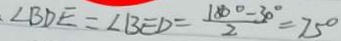
\angle B D E = \angle B E D = \frac { 1 8 0 ^ { \circ } - 3 0 ^ { \circ } } { 2 } = 7 5 ^ { \circ }